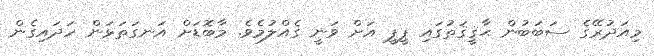
މިއަދުރޭގެ ސަބަބުން ޙާޤީޤަތުގައި ޕީޕީ އަށް ވަނީ ގެއްލުމެވެ. މާބޮޑަށް އަނގަތަޅަން ހަދައިގެން